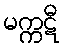
မက္ကဋီ